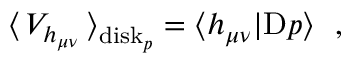
\big \langle \, { \cal V } _ { h _ { \mu \nu } } \, \big \rangle _ { \mathrm { d i s k } _ { p } } = \langle h _ { \mu \nu } | \mathrm { D } p \rangle ~ ~ ,